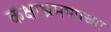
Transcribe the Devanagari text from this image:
कक्षाभ्रमणाच्या